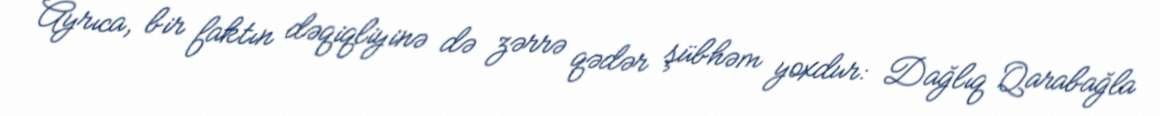
Ayrıca, bir faktın dəqiqliyinə də zərrə qədər şübhəm yoxdur: Dağlıq Qarabağla